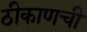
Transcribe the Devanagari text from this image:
ठीकाणची